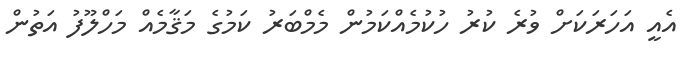
އެއީ އަހަރަކަށް ވުރެ ކުރު ހުކުމެއްކަމުން މެމްބަރު ކަމުގެ މަޤާމެއް މަހްލޫފު އަތުން